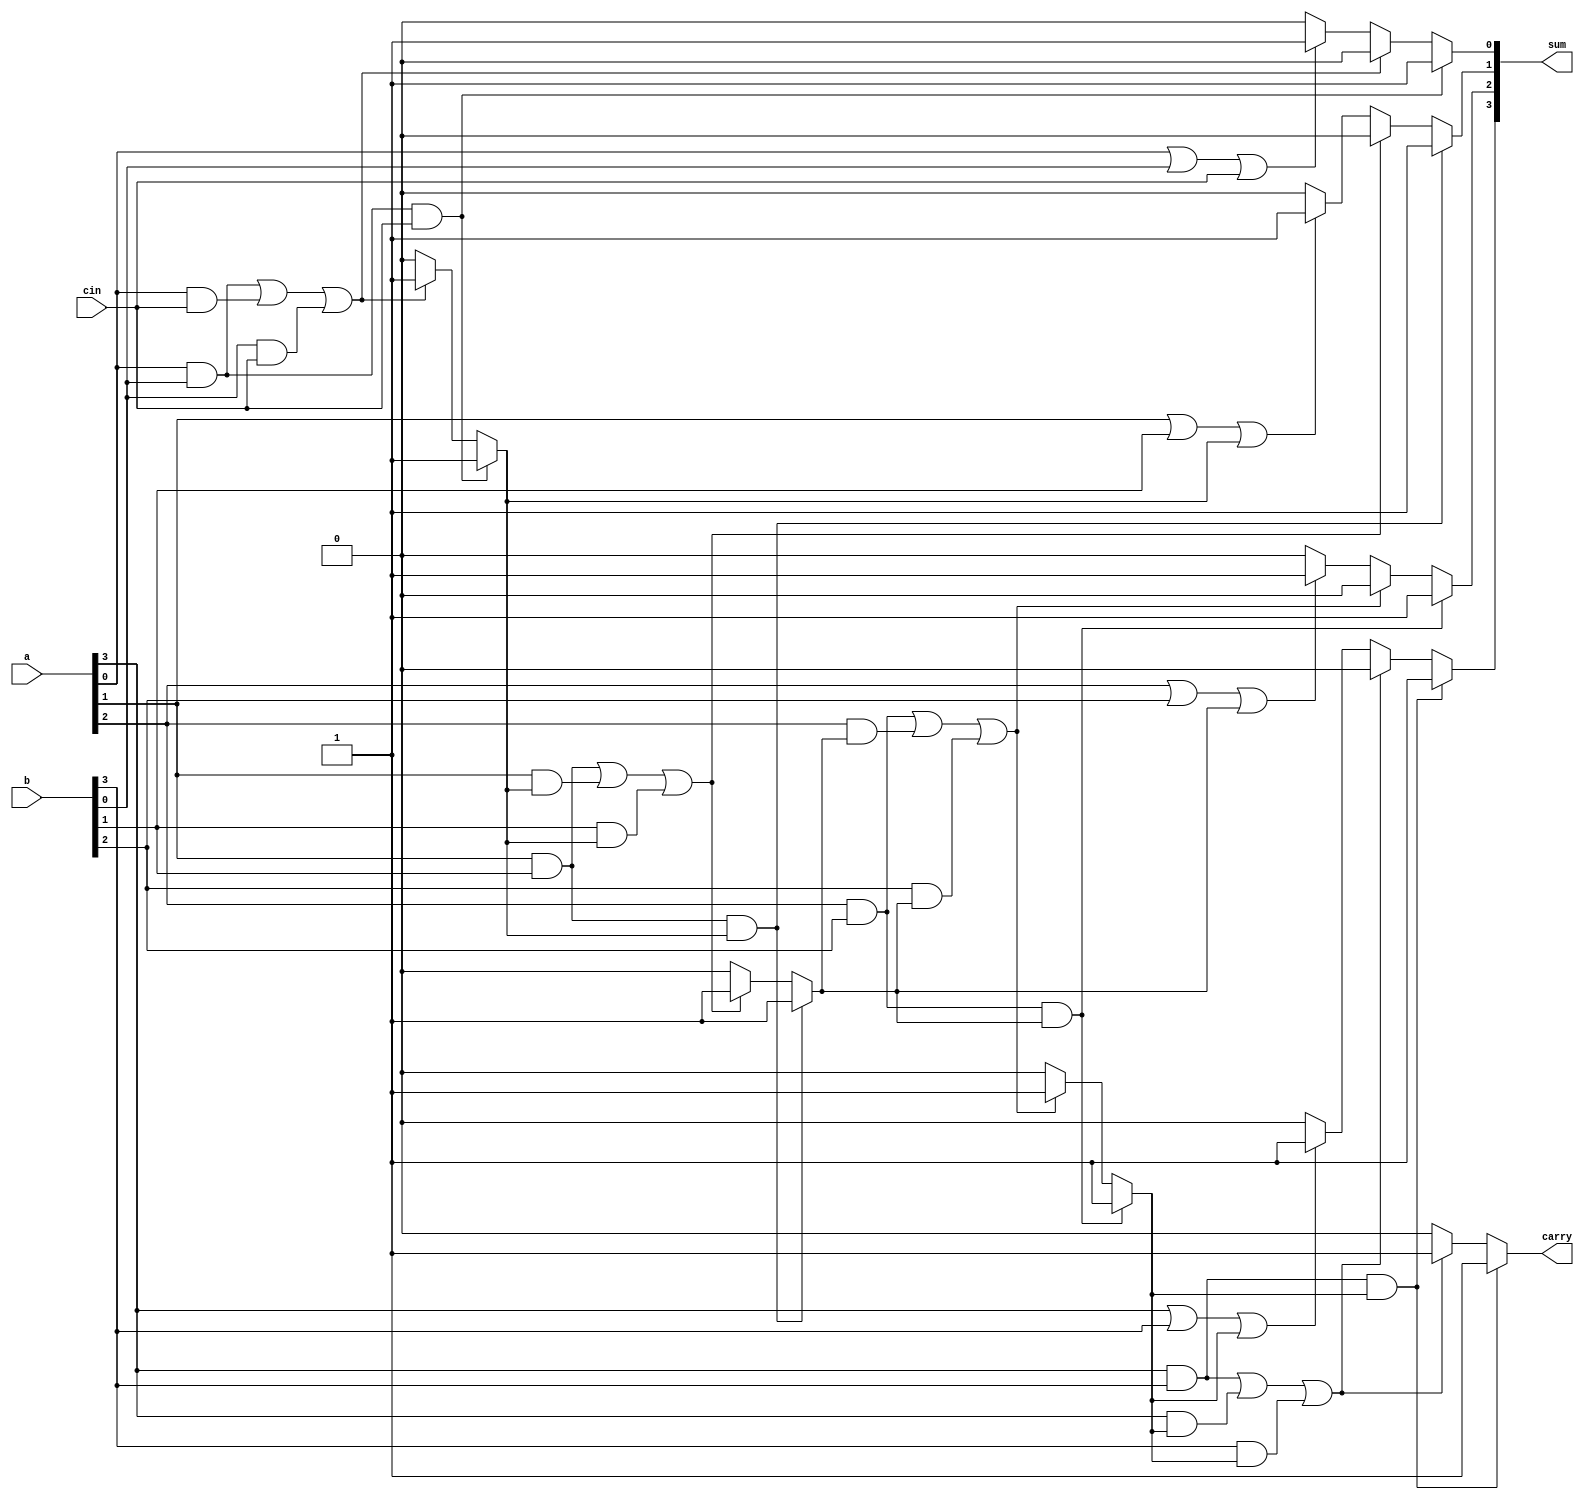
module four_bit_ripple_carry_adder(
    input [3:0] a,
    input [3:0] b,
	 input cin , // This will be the first carry input that i will give .
    output reg [3:0] sum,
    output reg [0:0] carry
    );

	wire c[3:1] ; // These are the carry that will be the output of first and input of second.....
	
	
	// Here strategy is , whenever any two of the 
always @(a or b or cin)
begin

if((a[0]&b[0]&cin==1'b1)) // condition when all three (a,b,c) are one then sum=1 and carry=1
begin
sum[0] = 1;
c[1] = 1 ;
end

else if((a[0]&b[0]==1)|(a[0]&cin==1)|(b[0]&cin==1)) // when any two of them are one then sum=0 and carry=1
begin
sum[0] = 0;
c[1] = 1;
end

else if(a[0]|b[0]|cin==1) // when any one of them is one. then sum=1 and carry==0;
begin
sum[0] = 1;
c[1] = 0 ;
end

else
begin
sum[0] = 0;
c[1] = 0;
end

// This one is now for 2nd Full adder..........

if((a[1]&b[1]&c[1]==1'b1))
begin
sum[1] = 1;
c[2] = 1 ;
end

else if((a[1]&b[1]==1)|(a[1]&c[1]==1)|(b[1]&c[1]==1))
begin
sum[1] = 0;
c[2] = 1;
end

else if(a[1]|b[1]|c[1]==1)
begin
sum[1] = 1;
c[2] = 0 ;
end

else
begin
sum[1] = 0;
c[2] = 0;
end

// This one is for 3rd FULL ADDER.....

if((a[2]&b[2]&c[2]==1'b1))
begin
sum[2] = 1;
c[3] = 1 ;
end

else if((a[2]&b[2]==1)|(a[2]&c[2]==1)|(b[2]&c[2]==1))
begin
sum[2] = 0;
c[3] = 1;
end

else if(a[2]|b[2]|c[2]==1)
begin
sum[2] = 1;
c[3] = 0 ;
end

else
begin
sum[2] = 0;
c[3] = 0;
end

// This is for the LAST full adder........

if((a[3]&b[3]&c[3]==1'b1))
begin
sum[3] = 1;
carry = 1 ;
end

else if((a[3]&b[3]==1)|(a[3]&c[3]==1)|(b[3]&c[3]==1))
begin
sum[3] = 0;
carry = 1;
end

else if(a[3]|b[3]|c[3]==1)
begin
sum[3] = 1;
carry = 0 ;
end

else
begin
sum[3] = 0;
carry = 0;
end

end
endmodule